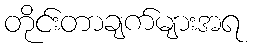
တိုင်းတာချက်များအရ